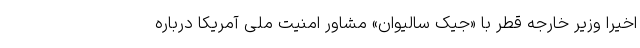
اخیراً وزیر خارجه قطر با «جیک سالیوان» مشاور امنیت ملی آمریکا درباره